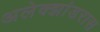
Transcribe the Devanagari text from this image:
अलेक्झांडरास